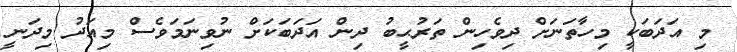
މި އަދަބަކީ މިހާތަނަށް ދިވެހިން ތަރުޙީބު ދިން އަދަބަކަށް ނުވިނަމަވެސް މިއަދު މިދަނީ